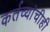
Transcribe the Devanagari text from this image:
कर्तव्यांचीही